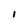
Character: I